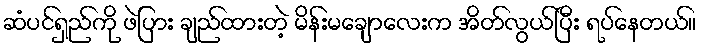
ဆံပင်ရှည်ကို ဖဲပြား ချည်ထားတဲ့ မိန်းမချောလေးက အိတ်လွယ်ပြီး ရပ်နေတယ်။